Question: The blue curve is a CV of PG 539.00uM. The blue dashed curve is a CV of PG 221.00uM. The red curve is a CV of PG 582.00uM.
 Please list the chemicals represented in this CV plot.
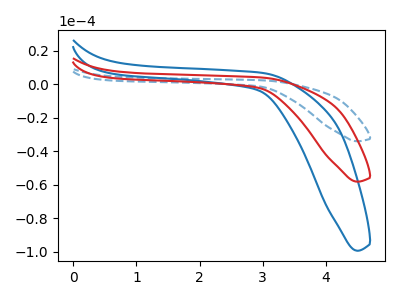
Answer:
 <answer>The blue curve is labeled "PG 539.00uM". The blue dashed curve is labeled "PG 221.00uM". The red curve is labeled "PG 582.00uM".</answer>
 <eval></eval>